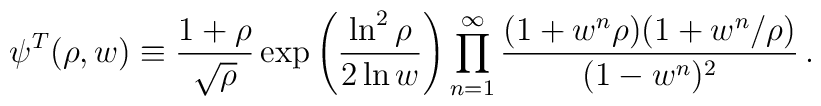
\psi^T(\rho,w)\equiv{1+\rho\over\sqrt\rho}\exp\left({\ln^2\rho\over2\ln w}\right) \prod_{n=1}^\infty{(1+w^n\rho)(1+w^n/\rho)\over(1-w^n)^2}\,.